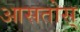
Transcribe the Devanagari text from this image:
आसतोस्